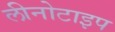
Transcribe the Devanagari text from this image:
लीनोटाइप